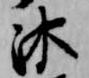
沐